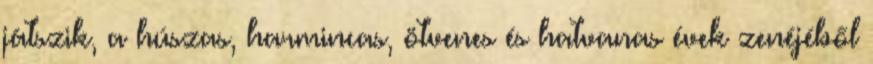
játszik, a húszas, harmincas, ötvenes és hatvanas évek zenéjéből